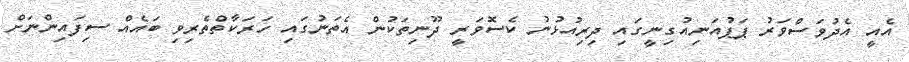
އެއީ އެދުވަސްވަރު ޕަޕުއަނިއުގިނީގައި ދިރިއުޅުނު ކެސޮވަރީ ދޫނިތަކުން އެތަނުގައި ހަރަކާތްތެރިވި ބައެއް ސިފައިންނަށް